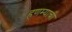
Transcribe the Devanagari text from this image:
हणम्याची